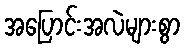
အပြောင်းအလဲများစွာ